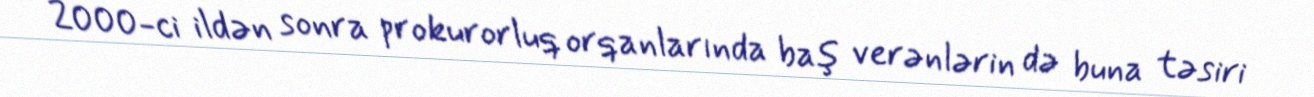
2000-ci ildən sonra prokurorluq orqanlarında baş verənlərin də buna təsiri